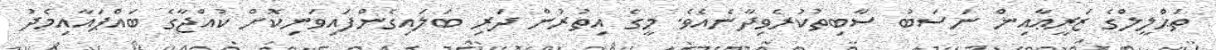
ތަޙްލީލްގެ ޒަރީޢާއިން ނަސަބު ސާބިތުކުރެވިދާނެއެވެ. މީގެ އިތުރުން ދަރި ބަލައިގެންފައިވަނިކޮށް ކުއްޖާގެ ބައްޕައާއިމެދު